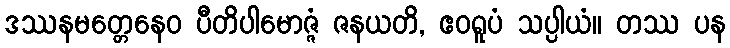
ဒဿနမတ္တေနေဝ ပီတိပါမောဇ္ဇံ ဇနယတိ, ဧဝရူပံ သပ္ပါယံ။ တဿ ပန